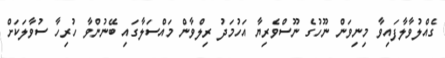
ގެއްލުވާލާފައިވާ މިނިވަން ނޫހުގެ ނޫސްވެރިޔާ އަހުމަދު ރިލްވާން މައްސަލާގައި ބޭނުންވާ ހުރިހާ ސުވާލަކަށް